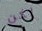
لكن